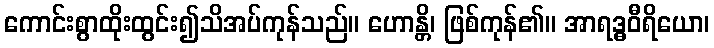
ကောင်းစွာထိုးထွင်း၍သိအပ်ကုန်သည်။ ဟောန္တိ၊ ဖြစ်ကုန်၏။ အာရဒ္ဓဝီရိယော၊